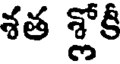
శత శ్లోకీ